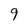
Character: 9